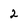
Character: 2